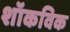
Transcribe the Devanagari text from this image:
शॉकविक